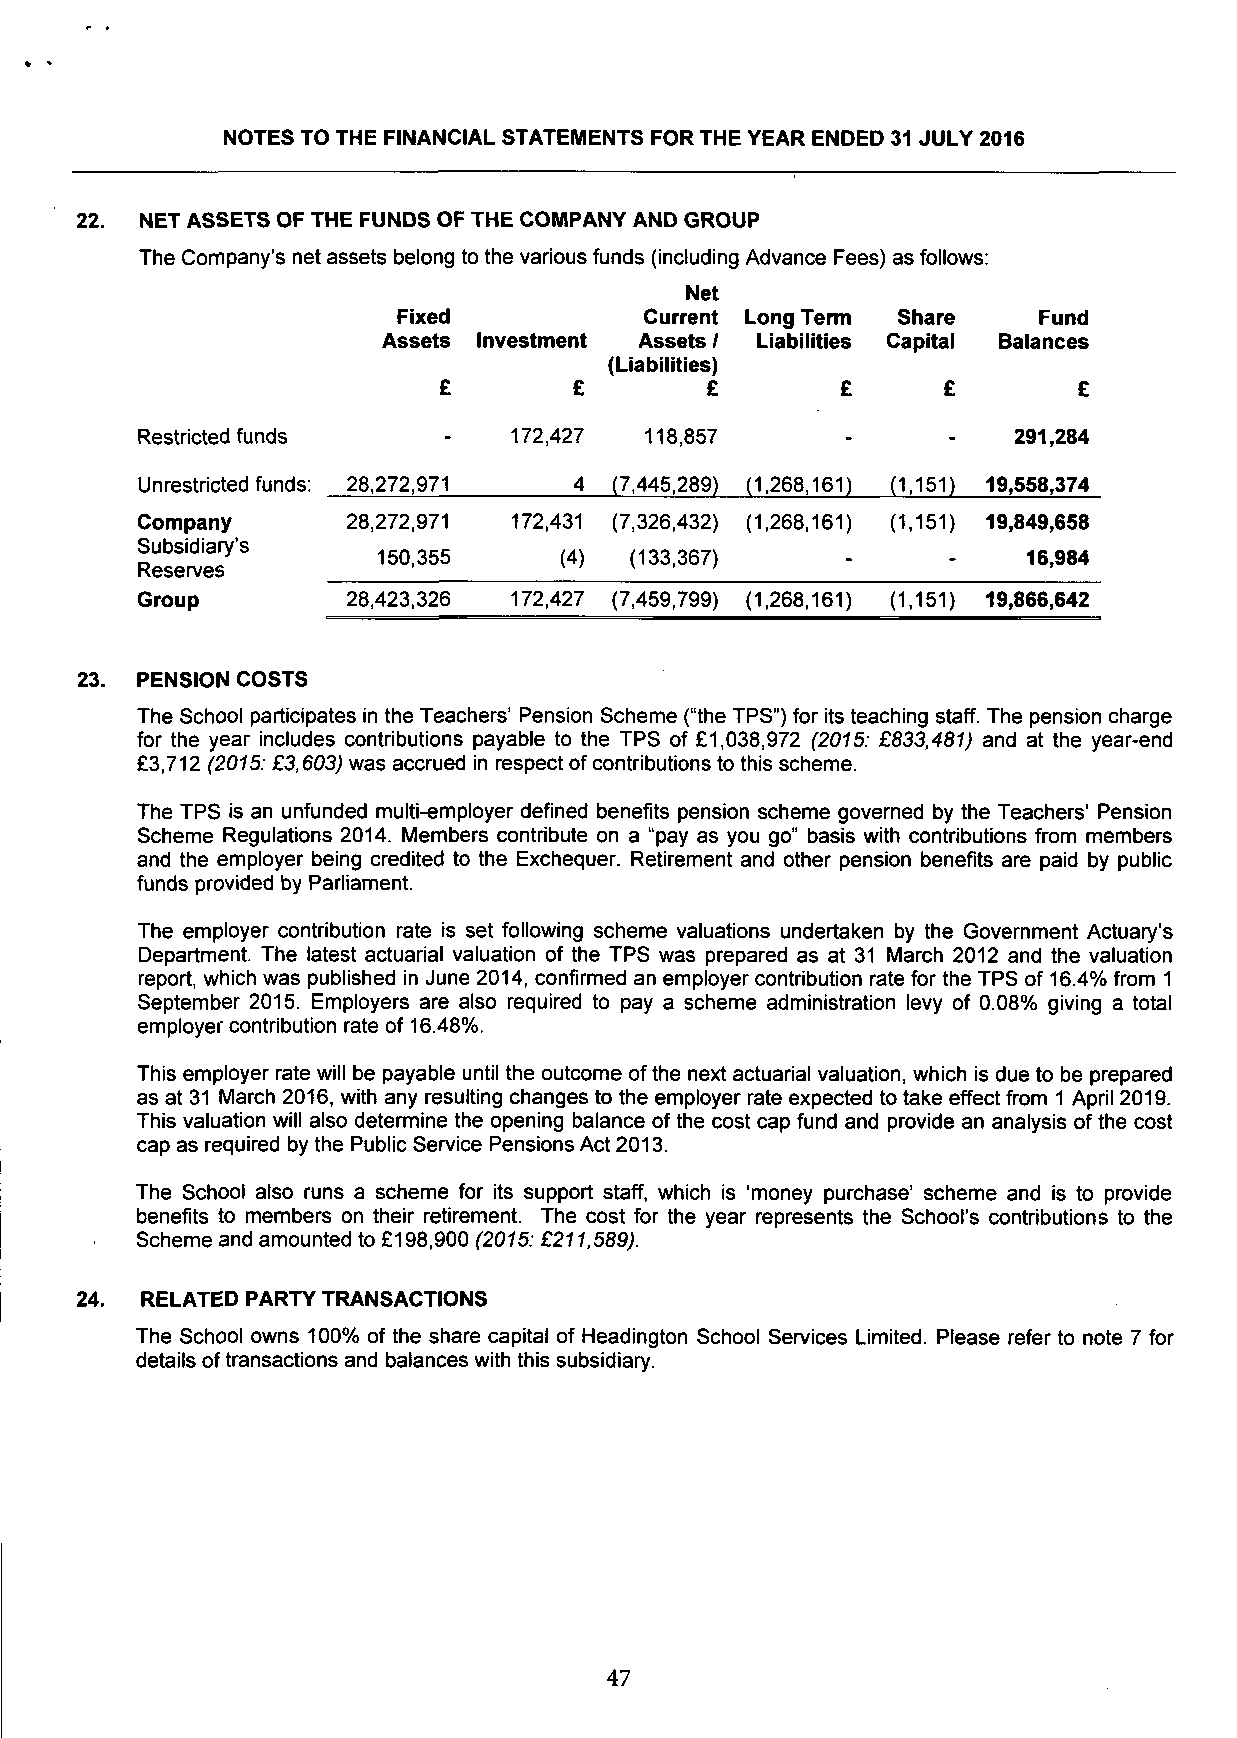
NOTES TO THE FINANCIAL STATEMENTS FOR THE YEAR ENDED 31 JULY 2016
 22. NET ASSETS OF THE FUNDS OF THE COMPANY AND GROUP
 The Company's net assets belong to the various funds (including Advance Fees) as follows:
 Net
 Fixed            Current Long Term Share   Fund
 Assets Investment Assets / Liabilities Capital Balances
 (Liabilities)
 £        £        £        £     £        £
 Restricted funds    -    172,427  118,857      -      -   291,284
 Unrestricted funds: 28,272,971 4 (7,445,289) (1,268,161) (1,151) 19,558,374
 Company       28,272,971 172,431 (7,326,432) (1,268,161) (1,151) 19,849,658
 Subsidiary's
 150,355     (4)  (133,367)                 16,984
 Reserves
 Group         28,423,326 172,427 (7,459,799) (1,268,161) (1,151) 19,866,642
 23. PENSION COSTS
 The School participates in the Teachers' Pension Scheme ("the TPS") for its teaching staff. The pension charge
 for the year includes contributions payable to the TPS of £1,038,972 (2015: £833,481) and at the year-end
 £3,712 (2015: £3,603) was accrued in respect of contributions to this scheme.
 The TPS is an unfunded multi-employer defined benefits pension scheme governed by the Teachers' Pension
 Scheme Regulations 2014. Members contribute on a "pay as you go" basis with contributions from members
 and the employer being credited to the Exchequer. Retirement and other pension benefits are paid by public
 funds provided by Parliament.
 The employer contribution rate is set following scheme valuations undertaken by the Government Actuary's
 Department. The latest actuarial valuation of the TPS was prepared as at 31 March 2012 and the valuation
 report, which was published in June 2014, confirmed an employer contribution rate for the TPS of 16.4% from 1
 September 2015. Employers are also required to pay a scheme administration levy of 0.08% giving a total
 employer contribution rate of 16.48%.
 This employer rate will be payable until the outcome ofthe next actuarial valuation, which is due to be prepared
 as at 31 March 2016, with any resulting changes to the employer rate expected to take effect from 1 April 2019.
 This valuation will also determine the opening balance of the cost cap fund and provide an analysis of the cost
 cap as required by the Public Service Pensions Act 2013.
 The School also runs a scheme for its support staff, which is 'money purchase' scheme and is to provide
 benefits to members on their retirement. The cost for the year represents the School's contributions to the
 Scheme and amounted to £198,900 (2015: £211,589).
 24. RELATED PARTY TRANSACTIONS
 The School owns 100% of the share capital of Headington School Services Limited. Please refer to note 7 for
 details of transactions and balances with this subsidiary.
 47